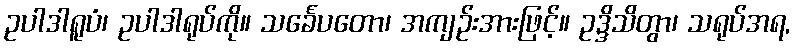
ဥပါဒါရူပံ၊ ဥပါဒါရုပ်ကို။ သင်္ခေပတော၊ အကျဉ်းအားဖြင့်။ ဥဒ္ဒိသိတွာ၊ သရုပ်အရ,